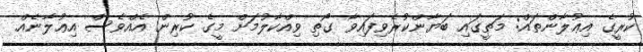
ކުރީގެ އިޢުލާންތައް: މަތީގައި ބަޔާންކުރެވިފައިވާ ގޯތި ވިއްކާލުމަށް މީގެ ކުރިން އެެއްވެސް އިޢުލާނެއް